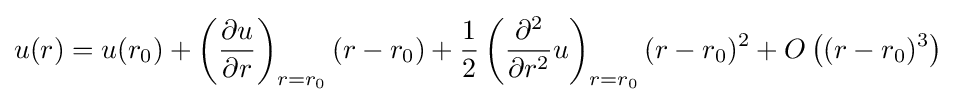
u(r)=u(r_{0})+\left({\partial u \over \partial r}\right)_{r=r_{0}}(r-r_{0})+{1 \over 2}\left({\partial ^{2} \over \partial r^{2}}u\right)_{r=r_{0}}(r-r_{0})^{2}+O\left((r-r_{0})^{3}\right)